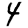
Digit: 4